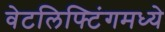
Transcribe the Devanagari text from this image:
वेटलिफ्टिंगमध्ये